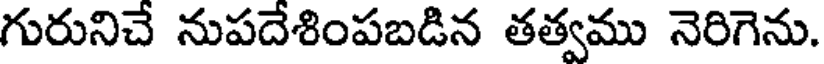
గురునిచే నుపదేశింపబడిన తత్వము నెరిగెను.